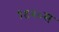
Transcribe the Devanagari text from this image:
१९२०स